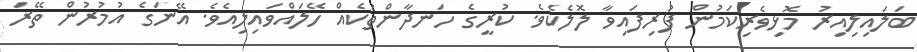
ބަލައިލިއިރު މޮޅިވެރިކަމުން ފުރިފައިވާ ލޮލެކެވެ. ކުރީގެ ހަނދާންތަކެއް ހޭލައްވައިލިއެވެ. އޭނަގެ އުމުރުން ތޭރަ